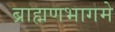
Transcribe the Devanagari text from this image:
ब्राह्मणभागमे